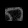
Digit: ၈